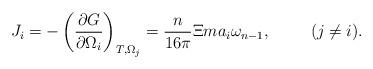
LaTeX: \begin{align*}J_i=-\left( \frac{\partial G}{\partial \Omega _i}\right) _{T,\Omega_j}=\frac n{16\pi }\Xi ma_i\omega _{n-1},\hspace{1.0cm}(j\neq i).\end{align*}